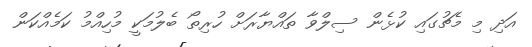
އަދި މި މެޗުގައި ކުޅެން ސިލްވާ ތައްޔާރަށް ހުރިތޯ ބެލުމަކީ މުހިއްމު ކަމެއްކަން